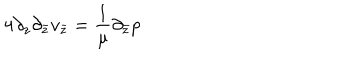
4 \partial _ { z } \partial _ { \bar { z } } v _ { \bar { z } } = \frac { 1 } { \mu } \partial _ { \bar { z } } p